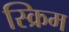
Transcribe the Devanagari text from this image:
स्क्रिम